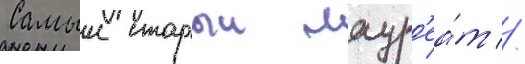
Самыи старыи лаур'еа́т //